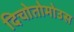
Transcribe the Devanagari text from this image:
दिचोतोमोउस